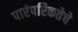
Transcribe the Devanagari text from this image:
पारंपरिकतेचे